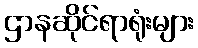
ဌာနဆိုင်ရာရုံးများ